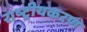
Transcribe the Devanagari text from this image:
राष्‍ट्रीयकरण